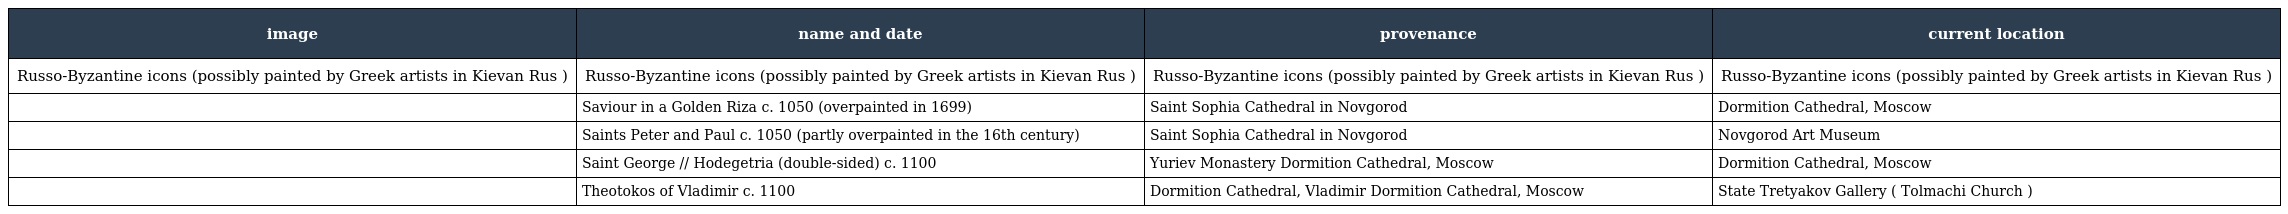
| image | name and date | provenance | current location |
 | --- | --- | --- | --- |
 | Russo-Byzantine icons (possibly painted by Greek artists in Kievan Rus ) | Russo-Byzantine icons (possibly painted by Greek artists in Kievan Rus ) | Russo-Byzantine icons (possibly painted by Greek artists in Kievan Rus ) | Russo-Byzantine icons (possibly painted by Greek artists in Kievan Rus ) |
 |  | Saviour in a Golden Riza c. 1050 (overpainted in 1699) | Saint Sophia Cathedral in Novgorod | Dormition Cathedral, Moscow |
 |  | Saints Peter and Paul c. 1050 (partly overpainted in the 16th century) | Saint Sophia Cathedral in Novgorod | Novgorod Art Museum |
 |  | Saint George // Hodegetria (double-sided) c. 1100 | Yuriev Monastery Dormition Cathedral, Moscow | Dormition Cathedral, Moscow |
 |  | Theotokos of Vladimir c. 1100 | Dormition Cathedral, Vladimir Dormition Cathedral, Moscow | State Tretyakov Gallery ( Tolmachi Church ) |